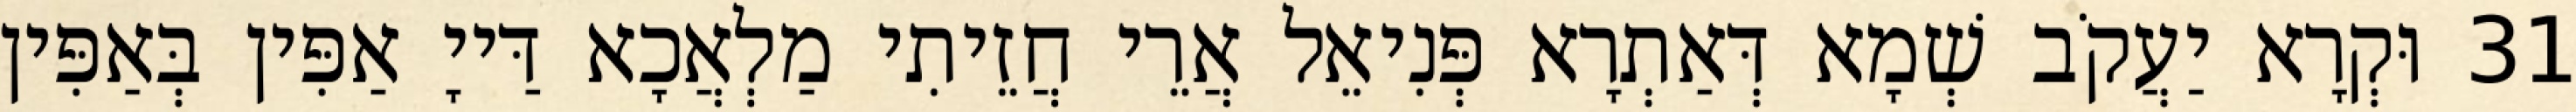
31 וּקְרָא יַעֲקֹב שְׁמָא דְּאַתְרָא פְּנִיאֵל אֲרֵי חֲזֵיתִי מַלְאֲכָא דַּייָ אַפִּין בְּאַפִּין